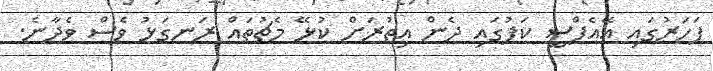
ފަހަރުގައި އޭއެފްސީ ކަޕުގައި ދެން އިތުރަށް ކުޅޭ މެޗުތައް ރަނގަޅު ވެސް ވެދާނެ.